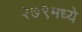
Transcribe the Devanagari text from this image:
२७९मध्ये